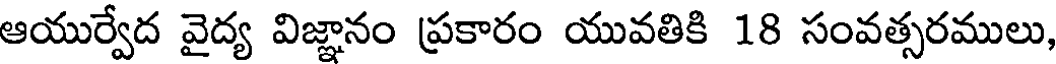
ఆయుర్వేద వైద్య విజ్ఞానం ప్రకారం యువతికి 18 సంవత్సరములు,